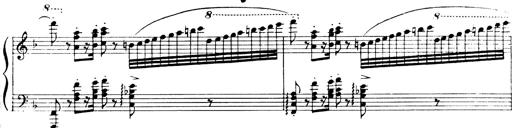
Title: Andante Finale und Marsch aus der Oper KÃ¶nig Alfred
Composer: Franz Liszt